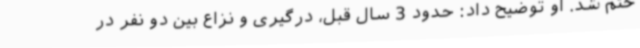
ختم شد. او توضیح داد: حدود 3 سال قبل، درگیری و نزاع بین دو نفر در